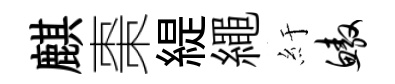
麒棗緹繩紆鳌